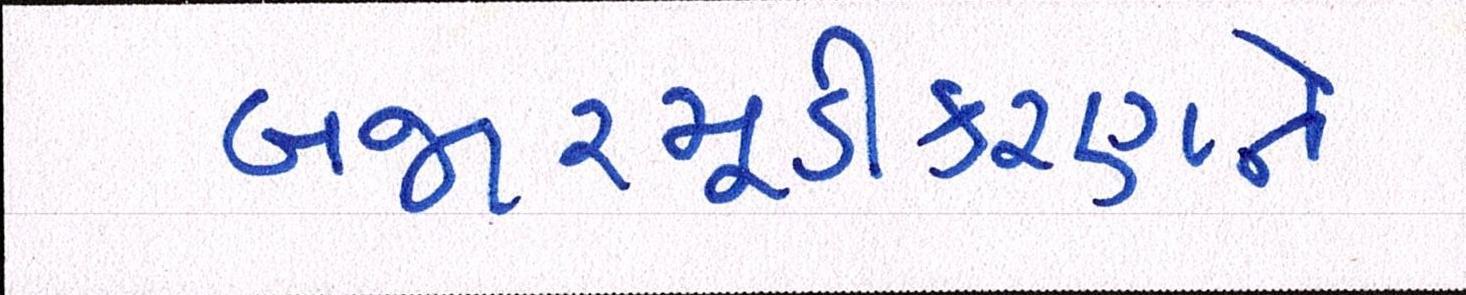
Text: બજારમૂડીકરણને